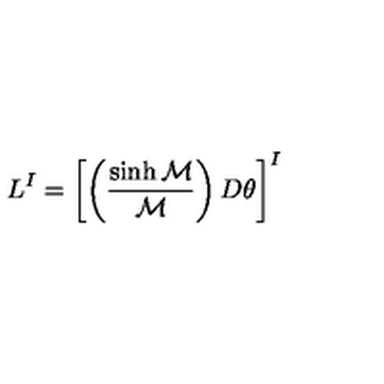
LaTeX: L ^ { I } = \left[ \left( { \frac { \sinh { \cal M } } { \cal M } } \right) D \theta \right] ^ { I }